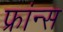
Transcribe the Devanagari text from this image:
फ्रांन्स